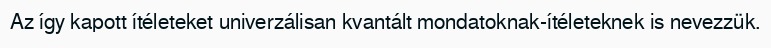
Az így kapott ítéleteket univerzálisan kvantált mondatoknak-ítéleteknek is nevezzük.